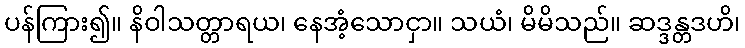
ပန်ကြား၍။ နိဝါသတ္တာရယ၊ နေအံ့သောငှာ။ သယံ၊ မိမိသည်။ ဆဒ္ဒန္တဒဟိ၊